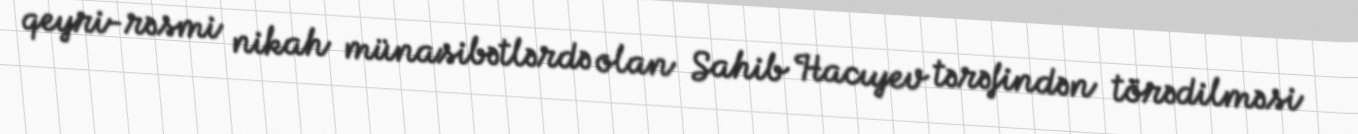
qeyri-rəsmi nikah münasibətlərdə olan Sahib Hacıyev tərəfindən törədilməsi